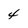
Character: 4